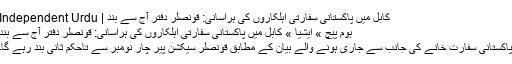
کابل میں پاکستانی سفارتی اہلکاروں کی ہراسانی: قونصلر دفتر آج سے بند | Independent Urdu
ہوم پیچ » ایشیا » کابل میں پاکستانی سفارتی اہلکاروں کی ہراسانی: قونصلر دفتر آج سے بند
پاکستانی سفارت خانے کی جانب سے جاری ہونے والے بیان کے مطابق قونصلر سیکشن پیر چار نومبر سے تاحکم ثانی بند رہے گا۔